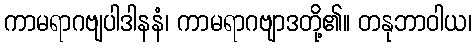
ကာမရာဂဗျပါဒါနနံ၊ ကာမရာဂဗျာဒတို့၏။ တနုဘာဝါယ၊